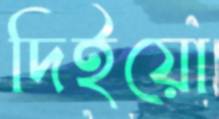
দিইয়ো